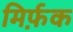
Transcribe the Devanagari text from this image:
मिर्फ़क